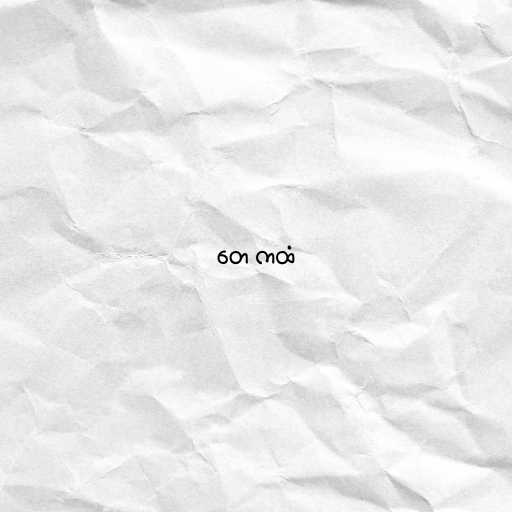
တေ ကထံ